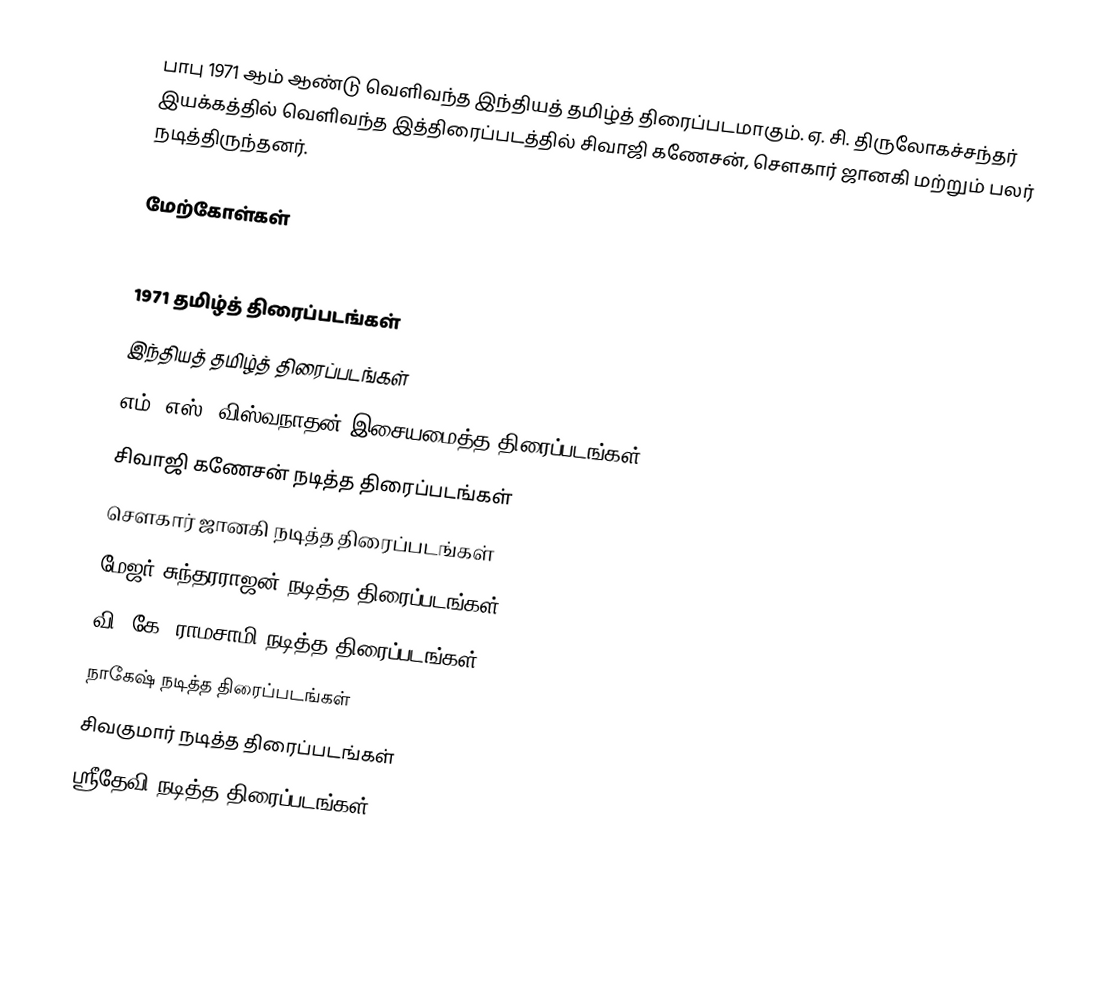
பாபு 1971 ஆம் ஆண்டு வெளிவந்த இந்தியத் தமிழ்த் திரைப்படமாகும். ஏ. சி. திருலோகச்சந்தர் இயக்கத்தில் வெளிவந்த இத்திரைப்படத்தில் சிவாஜி கணேசன், சௌகார் ஜானகி மற்றும் பலர் நடித்திருந்தனர்.

மேற்கோள்கள்

1971 தமிழ்த் திரைப்படங்கள்
இந்தியத் தமிழ்த் திரைப்படங்கள்
எம். எஸ். விஸ்வநாதன் இசையமைத்த திரைப்படங்கள்
சிவாஜி கணேசன் நடித்த திரைப்படங்கள்
சௌகார் ஜானகி நடித்த திரைப்படங்கள்
மேஜர் சுந்தரராஜன் நடித்த திரைப்படங்கள்
வி. கே. ராமசாமி நடித்த திரைப்படங்கள்
நாகேஷ் நடித்த திரைப்படங்கள்
சிவகுமார் நடித்த திரைப்படங்கள்
ஸ்ரீதேவி நடித்த திரைப்படங்கள்